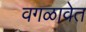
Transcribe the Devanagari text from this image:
वगळावेत